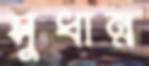
সুধান্ন